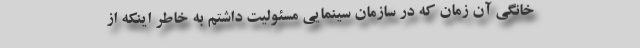
خانگی آن زمان که در سازمان سینمایی مسئولیت داشتم به خاطر اینکه از